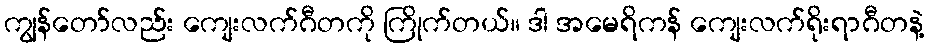
ကျွန်တော်လည်း ကျေးလက်ဂီတကို ကြိုက်တယ်။ ဒါ အမေရိကန် ကျေးလက်ရိုးရာဂီတနဲ့